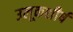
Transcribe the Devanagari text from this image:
उलूकशीर्ष